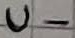
Text: U-